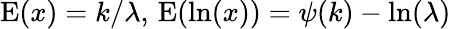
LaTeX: \operatorname{E}(x)=k/\lambda,\, \operatorname{E}(\ln(x))=\psi(k)-\ln(\lambda)